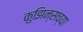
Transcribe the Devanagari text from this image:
कुझिन्सच्या